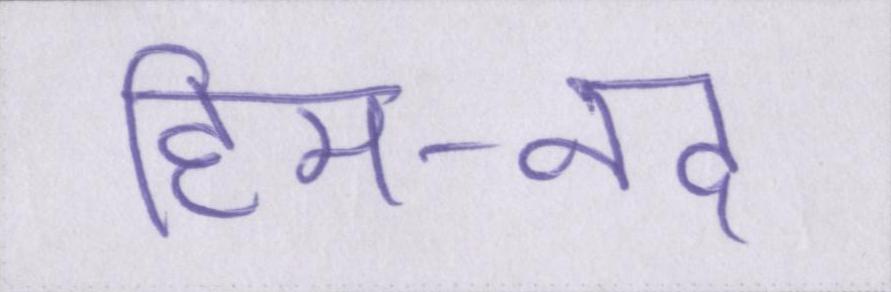
हिम-नद